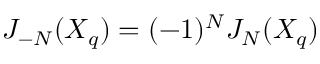
J _ { - N } ( X _ { q } ) = ( - 1 ) ^ { N } J _ { N } ( X _ { q } )